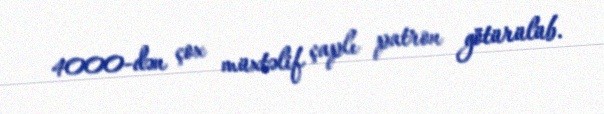
4000-dən çox müxtəlif çaplı patron götürülüb.